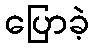
ပြောခဲ့